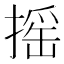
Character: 摇